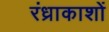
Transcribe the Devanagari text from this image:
रंध्राकाशों